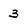
Character: 3